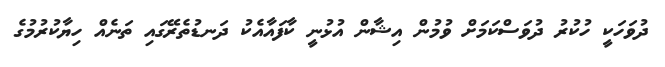
ދުވަހަކީ ހުކުރު ދުވަސްކަމަށް ވުމުން އިޝާން އުޅުނީ ކާފައާއެކު ދަނޑުތެރޭގައި ތަނެއް ހިޔާކުރުމުގެ